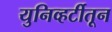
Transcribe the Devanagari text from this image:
युनिव्हर्टीतून